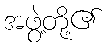
အဖွဲ့တို့၏